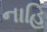
નાહિ